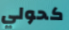
كحولي